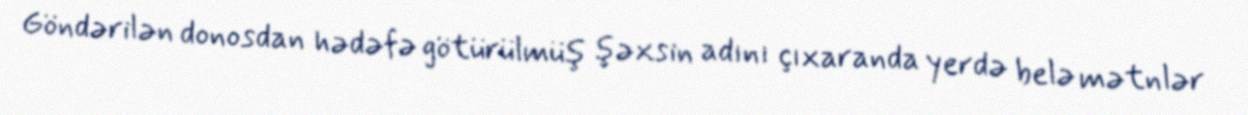
Göndərilən donosdan hədəfə götürülmüş şəxsin adını çıxaranda yerdə belə mətnlər